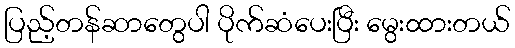
ပြည့်တန်ဆာတွေပါ ပိုက်ဆံပေးပြီး မွေးထားတယ်